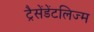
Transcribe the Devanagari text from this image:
ट्रैसेंडेंटलिज्म